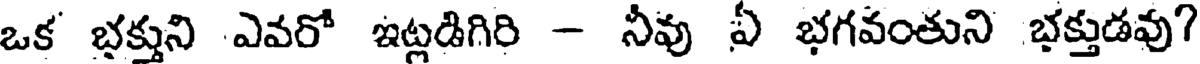
ఒక భక్తుని ఎవరో ఇట్లడిగిరి - నీవు ఏ భగవంతుని భక్తుడవు?